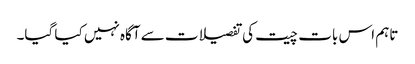
تاہم اس بات چیت کی تفصیلات سے آگاہ نہیں کیا گیا۔